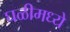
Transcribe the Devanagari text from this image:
घळीमध्ये